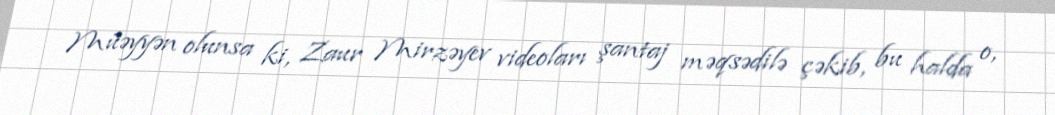
Müəyyən olunsa ki, Zaur Mirzəyev videoları şantaj məqsədilə çəkib, bu halda o,